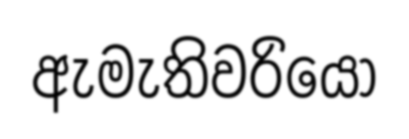
ඇමැතිවරියෝ